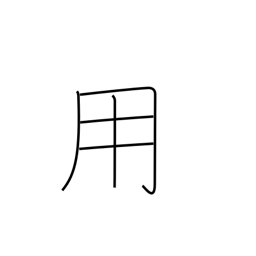
Meaning: use